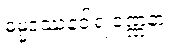
ဓမ္မဒဿနဝါရ ဝဏ္ဏနာ